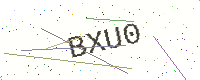
Text: BXU0